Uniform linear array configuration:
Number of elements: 64
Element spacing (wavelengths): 0.75
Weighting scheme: uniform
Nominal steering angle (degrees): -30
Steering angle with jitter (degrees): -31.641
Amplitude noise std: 0.05
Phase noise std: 0.05

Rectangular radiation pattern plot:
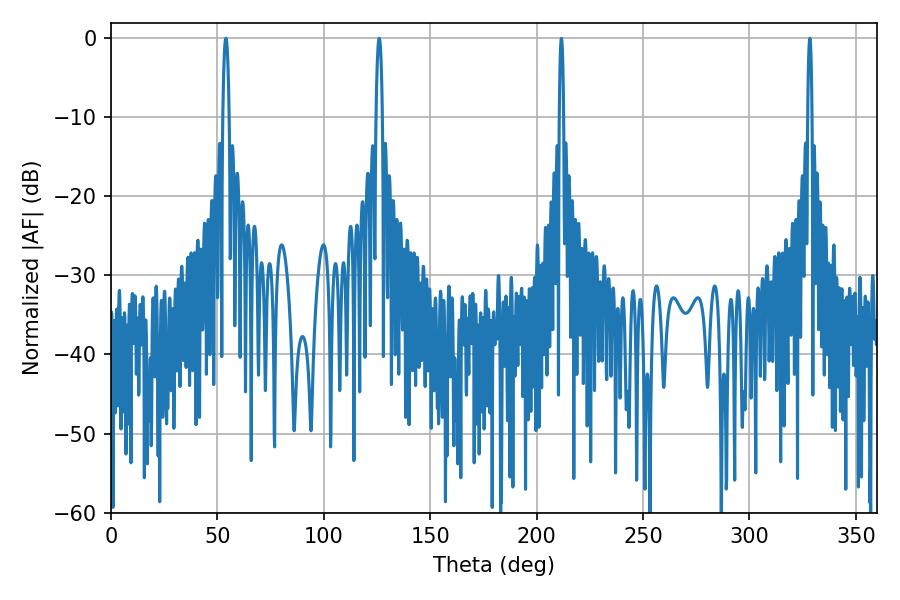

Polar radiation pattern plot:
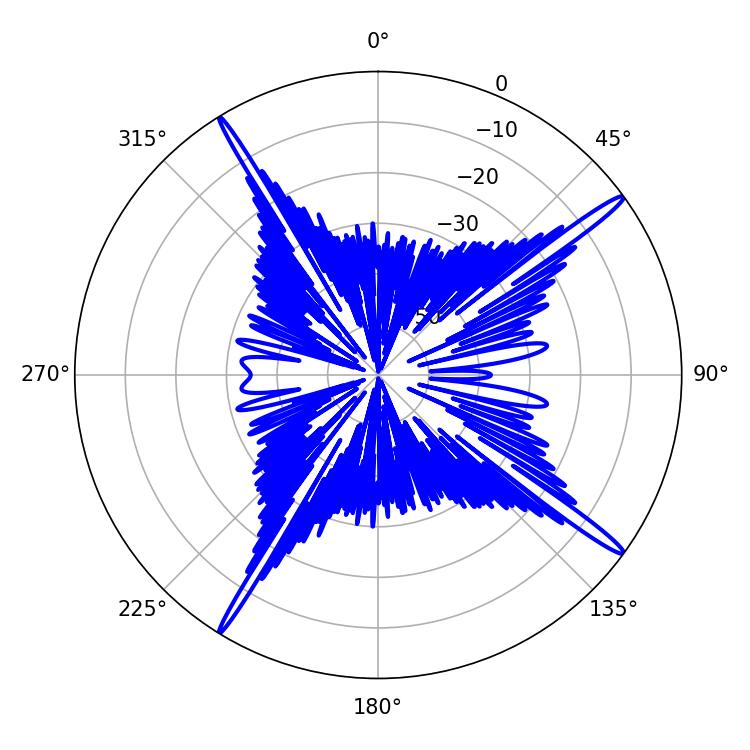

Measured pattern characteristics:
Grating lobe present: TRUE
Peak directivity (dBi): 18.034
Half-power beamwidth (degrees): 1.62
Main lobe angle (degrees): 54